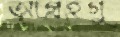
আগ্রহগু